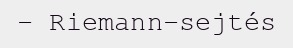
– Riemann-sejtés